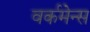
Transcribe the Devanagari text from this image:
वर्कमेन्स